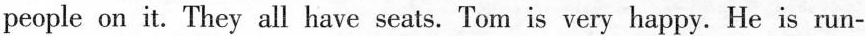
people on it. They all have seats. Tom is very happy. He is run-